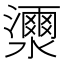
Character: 𤂝